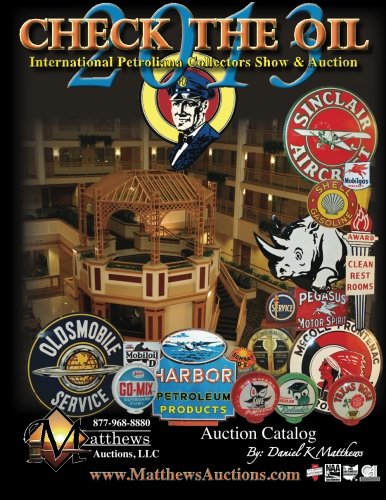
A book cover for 2013 Check the Oil; Daniel K Matthews; Crafts, Hobbies & Home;